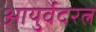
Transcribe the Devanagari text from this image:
आयुर्वेदरत्न